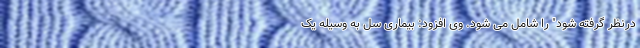
درنظر گرفته شود" را شامل می شود. وی افزود: بیماری سل به وسیله‌ یک